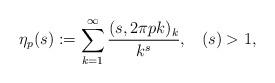
LaTeX: \begin{align*}\eta_{p}(s):=\sum_{k=1}^{\infty}\frac{(s,2\pi pk)_{k}}{k^{s}},\,\,\,\,\,(s)>1,\end{align*}